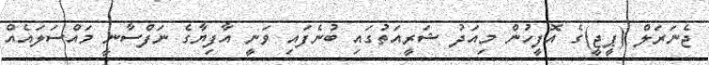
ޖެނަރަލް (ޕީޖީ)ގެ އޮފީހުން މިއަދު ޝަރީއަތުގައި ބުނެފައި ވަނީ އާފިޔާގެ ނަފްސާނީ މައްސަލައެއް